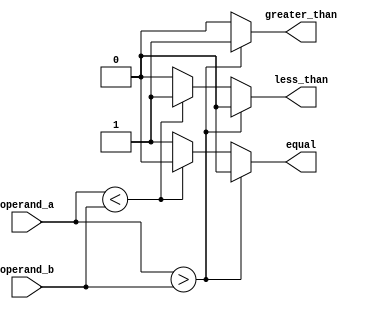
module magnitude_comparator(
    input [3:0] operand_a,
    input [3:0] operand_b,
    output reg greater_than,
    output reg less_than,
    output reg equal
);

always @(*) begin
    if(operand_a > operand_b) begin
        greater_than = 1;
        less_than = 0;
        equal = 0;
    end else if(operand_a < operand_b) begin
        greater_than = 0;
        less_than = 1;
        equal = 0;
    end else begin
        greater_than = 0;
        less_than = 0;
        equal = 1;
    end
end

endmodule